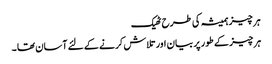
ہر چیز ہمیشہ کی طرح ٹھیک
ہر چیز کے طور پر بیان اور تلاش کرنے کے لئے آسان تھا ۔